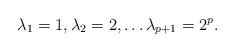
LaTeX: \begin{align*}\lambda_{1} = 1, \lambda_{2} = 2, \ldots \lambda_{p+1} = 2^{p} .\end{align*}